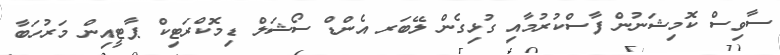
ސާވިސް ކޮމިޝަނުން ފާސްކުރުމާއި ގުޅިގެން ލޭބަރ އެންޑް ސޯޝަލް ޑިމޮކްރަޓިކް ޕާޓީއިން މަރުހަބާ